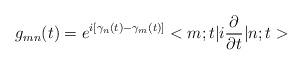
LaTeX: \begin{align*}g_{mn}(t) = e^{i[\gamma_n(t) - \gamma_m(t)]} <m;t|i\frac{\partial}{\partial t}|n;t>\end{align*}